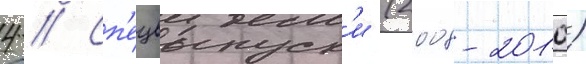
4 // Сп'ецвыпуск'и (2008-2010)